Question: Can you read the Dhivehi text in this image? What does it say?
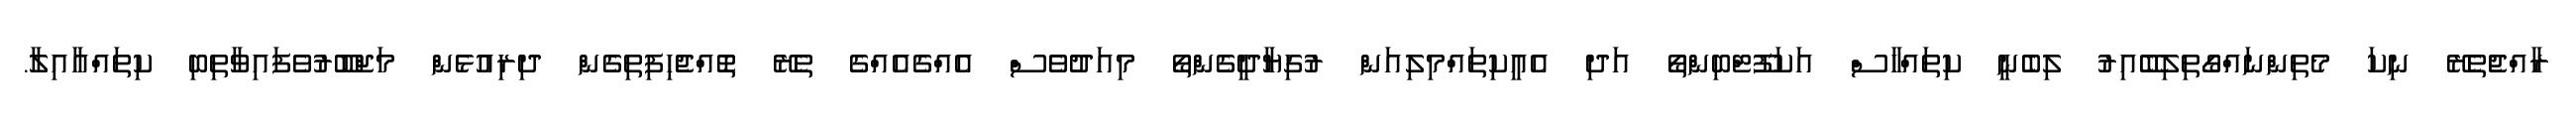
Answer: ރާއްޖެތެރޭ ނިކަ މެތިންނައްގޯތިލިބޭއިރު ލިބެނީ ކިތައްހާސް އަކަފޫޓްބިންތޯ އަދި އެއީކިތައްމިލިއަން ރުގިޔާދީގެންތޯ މިއަދުވެސް އެއްގެއެއްގެ ތެރޭ ތޮއްޖެހިފިތިގެން ދިރިއުޅެން މަޖްބޫރުވެފައިވާތިބި ކިތައްއާއިލާ.